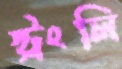
স্ট্রংলি